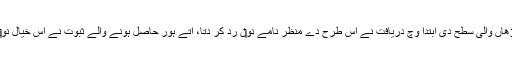
شہابی گڑھاں والی سطح دی ابتدا وچ دریافت نے اس طرح دے منظر نامے نو‏‏ں رد کر دتا، اُتے ہور حاصل ہونے والے ثبوت نے اس خیال نو‏‏ں بدل دتا۔